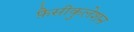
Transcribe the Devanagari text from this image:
फ़ैसीकुलेशन